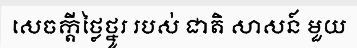
សេចក្តីថ្លៃថ្នូរ របស់ ជាតិ សាសន៍ មួយ